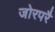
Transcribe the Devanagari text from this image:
जोरपरै